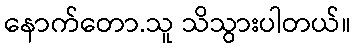
နောက်တော.သူ သိသွားပါတယ်။